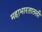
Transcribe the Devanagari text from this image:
महाभारतातली